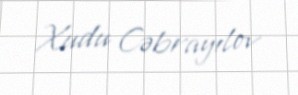
Xudu Cəbrayılov